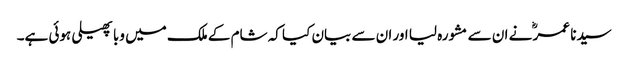
سیدنا عمرؓ نے ان سے مشورہ لیا اور ان سے بیان کیا کہ شام کے ملک میں وبا پھیلی ہوئی ہے۔